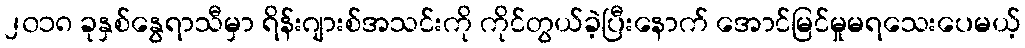
၂၀၁၈ ခုနှစ်နွေရာသီမှာ ရိန်းဂျားစ်အသင်းကို ကိုင်တွယ်ခဲ့ပြီးနောက် အောင်မြင်မှုမရသေးပေမယ့်